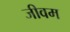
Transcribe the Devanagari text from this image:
जीवम